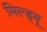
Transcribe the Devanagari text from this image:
मिल्ड्यू